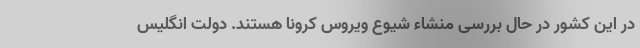
در این کشور در حال بررسی منشاء شیوع ویروس کرونا هستند. دولت انگلیس